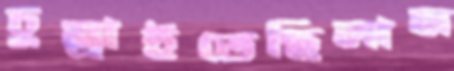
চুম্‌রাইতেছিলাম